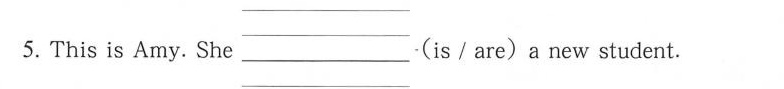
5.This is Amy.She___（is/are）a new student